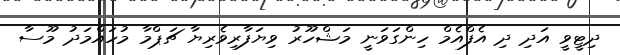
ދިޓީވީ އަދި ދި އެފްއެމް ހިންގަވަނީ މަޝްހޫރު ވިޔަފާރިވެރިޔާ ޗަޕްމާ މުހައްމަދު މޫސާ